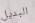
البديل